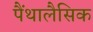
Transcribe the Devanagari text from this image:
पैंथालैसिक